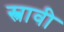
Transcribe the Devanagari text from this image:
स्त्रावी